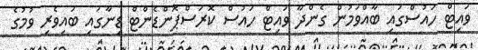
ވައިޓް ހައުސްގައި ބާއްވަމުން ގެންދާ ވައިޓް ހައުސް ކޮރަސްޕޮންޑެންޓް ޑިނާގައި ބައިވެރި ވުމުގެ